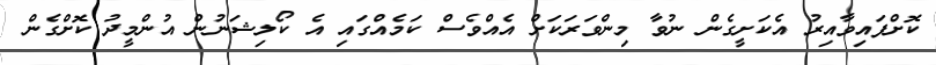
ކޮށްފައިވާއިރު އެކަށީގެން ނުވާ މިންވަރަކަށް އެއްވެސް ކަމެއްގައި އެ ކޯލިޝަނުން އުންމީދު ކޮށްގެން